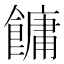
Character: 𩞋